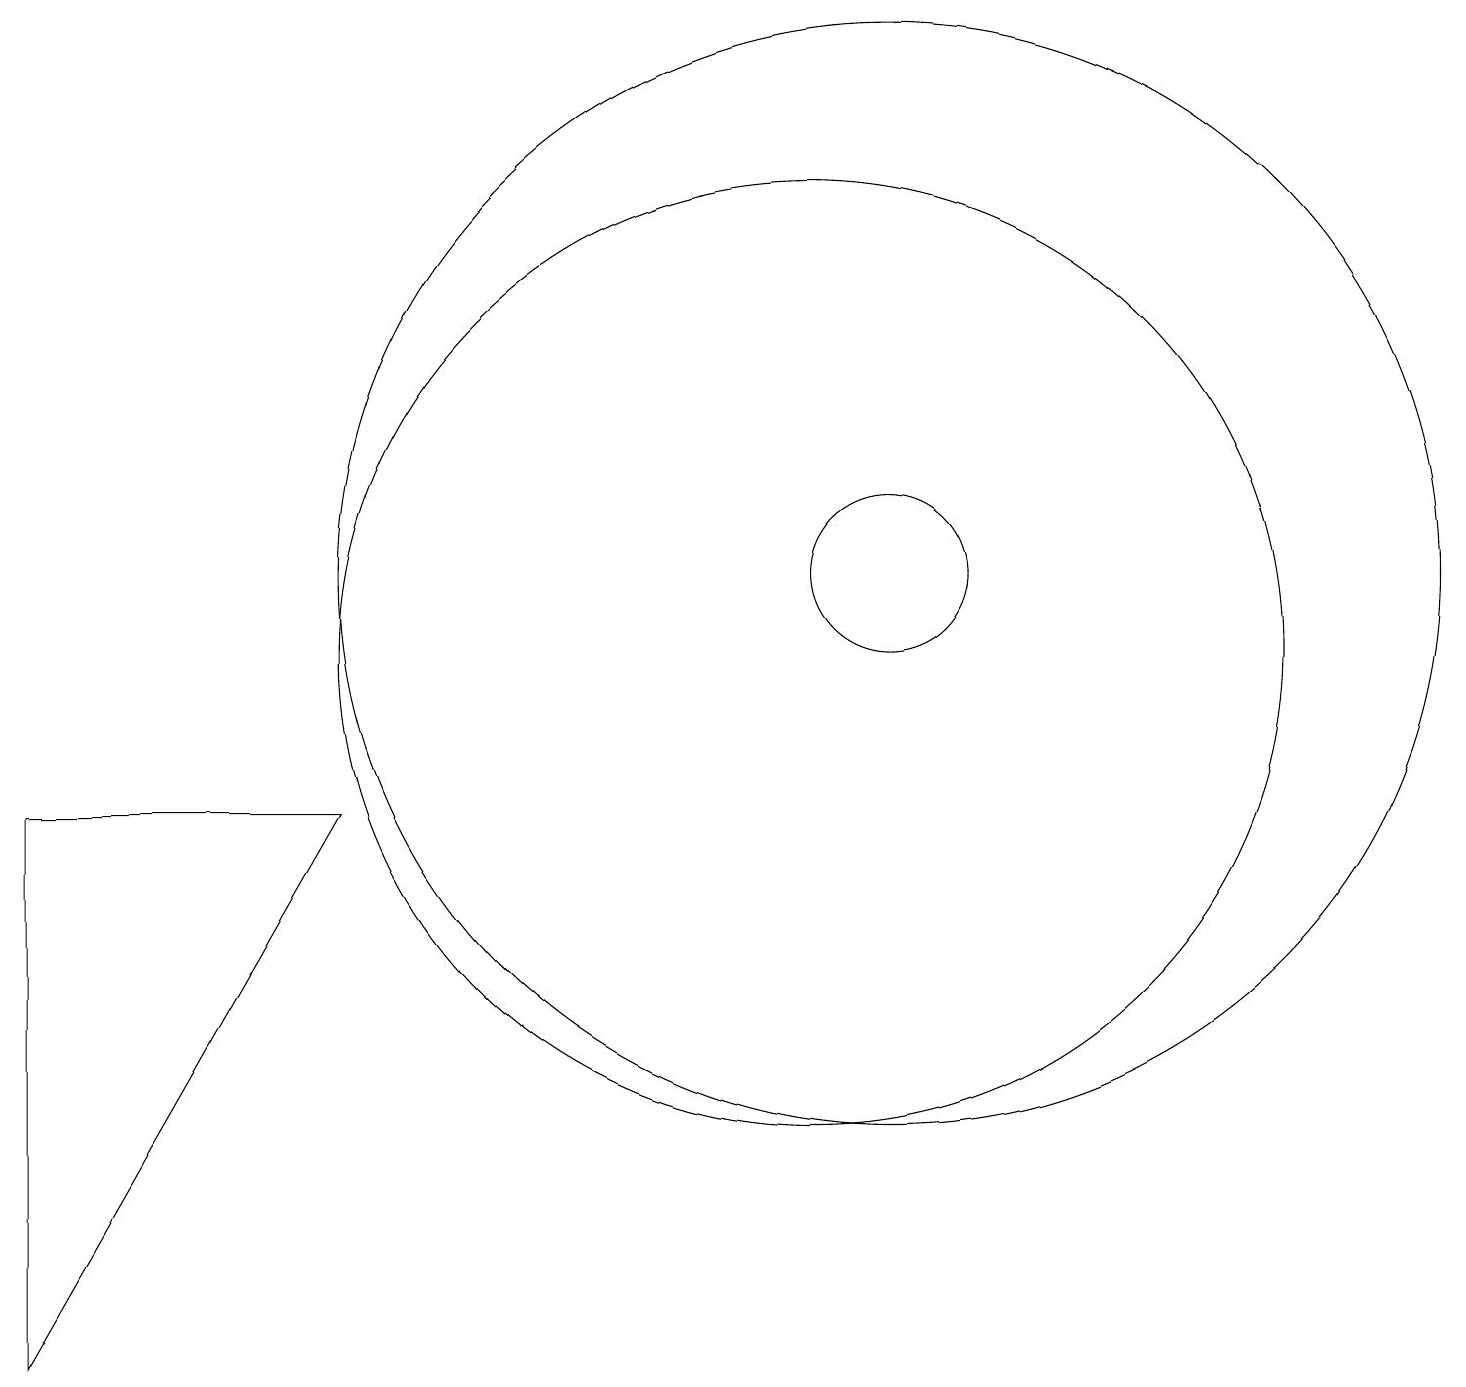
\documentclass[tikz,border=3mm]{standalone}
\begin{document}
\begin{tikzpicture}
\draw (12,11) circle (7);
\draw (1,8) -- (1,1) -- (5,8) -- cycle;
\draw (12,11) circle (1);
\draw (11,10) circle (6);
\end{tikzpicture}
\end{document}